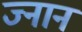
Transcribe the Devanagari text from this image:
ज्नान